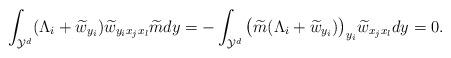
LaTeX: \begin{align*} \int_{\mathcal{Y}^d} (\Lambda_i+\widetilde{w}_{y_i} )\widetilde{w}_{y_ix_jx_l}\widetilde{m}dy=-\int_{\mathcal{Y}^d}\big(\widetilde{m} (\Lambda_i+\widetilde{w}_{y_i} )\big )_{y_i}\widetilde{w}_{x_jx_l}dy=0. \end{align*}